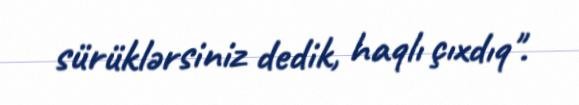
sürüklərsiniz dedik, haqlı çıxdıq".